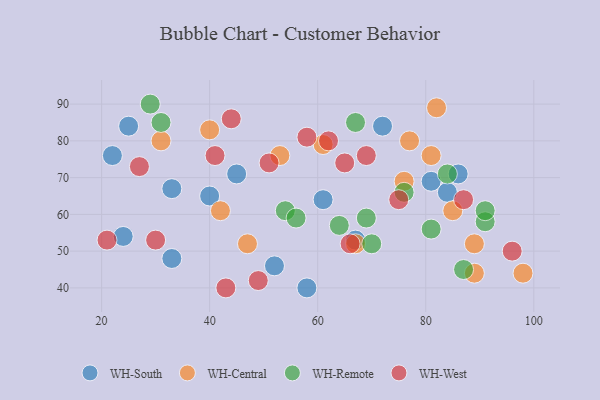
{"axis": {"x": "GDP", "y": "Life Expectancy"}, "legend": ["WH-Central", "WH-Remote", "WH-South", "WH-West"], "data": [{"x": "24", "y": 54, "type": "WH-South"}, {"x": "33", "y": 67, "type": "WH-South"}, {"x": "67", "y": 53, "type": "WH-South"}, {"x": "84", "y": 66, "type": "WH-South"}, {"x": "52", "y": 46, "type": "WH-South"}, {"x": "25", "y": 84, "type": "WH-South"}, {"x": "61", "y": 64, "type": "WH-South"}, {"x": "40", "y": 65, "type": "WH-South"}, {"x": "81", "y": 69, "type": "WH-South"}, {"x": "45", "y": 71, "type": "WH-South"}, {"x": "86", "y": 71, "type": "WH-South"}, {"x": "22", "y": 76, "type": "WH-South"}, {"x": "58", "y": 40, "type": "WH-South"}, {"x": "72", "y": 84, "type": "WH-South"}, {"x": "33", "y": 48, "type": "WH-South"}, {"x": "61", "y": 79, "type": "WH-Central"}, {"x": "77", "y": 80, "type": "WH-Central"}, {"x": "40", "y": 83, "type": "WH-Central"}, {"x": "98", "y": 44, "type": "WH-Central"}, {"x": "89", "y": 44, "type": "WH-Central"}, {"x": "67", "y": 52, "type": "WH-Central"}, {"x": "85", "y": 61, "type": "WH-Central"}, {"x": "47", "y": 52, "type": "WH-Central"}, {"x": "42", "y": 61, "type": "WH-Central"}, {"x": "82", "y": 89, "type": "WH-Central"}, {"x": "81", "y": 76, "type": "WH-Central"}, {"x": "53", "y": 76, "type": "WH-Central"}, {"x": "31", "y": 80, "type": "WH-Central"}, {"x": "89", "y": 52, "type": "WH-Central"}, {"x": "76", "y": 69, "type": "WH-Central"}, {"x": "67", "y": 85, "type": "WH-Remote"}, {"x": "64", "y": 57, "type": "WH-Remote"}, {"x": "31", "y": 85, "type": "WH-Remote"}, {"x": "91", "y": 58, "type": "WH-Remote"}, {"x": "91", "y": 61, "type": "WH-Remote"}, {"x": "70", "y": 52, "type": "WH-Remote"}, {"x": "69", "y": 59, "type": "WH-Remote"}, {"x": "76", "y": 66, "type": "WH-Remote"}, {"x": "87", "y": 45, "type": "WH-Remote"}, {"x": "54", "y": 61, "type": "WH-Remote"}, {"x": "84", "y": 71, "type": "WH-Remote"}, {"x": "56", "y": 59, "type": "WH-Remote"}, {"x": "81", "y": 56, "type": "WH-Remote"}, {"x": "29", "y": 90, "type": "WH-Remote"}, {"x": "41", "y": 76, "type": "WH-West"}, {"x": "58", "y": 81, "type": "WH-West"}, {"x": "44", "y": 86, "type": "WH-West"}, {"x": "62", "y": 80, "type": "WH-West"}, {"x": "65", "y": 74, "type": "WH-West"}, {"x": "51", "y": 74, "type": "WH-West"}, {"x": "21", "y": 53, "type": "WH-West"}, {"x": "30", "y": 53, "type": "WH-West"}, {"x": "27", "y": 73, "type": "WH-West"}, {"x": "87", "y": 64, "type": "WH-West"}, {"x": "49", "y": 42, "type": "WH-West"}, {"x": "66", "y": 52, "type": "WH-West"}, {"x": "75", "y": 64, "type": "WH-West"}, {"x": "96", "y": 50, "type": "WH-West"}, {"x": "43", "y": 40, "type": "WH-West"}, {"x": "69", "y": 76, "type": "WH-West"}]}